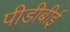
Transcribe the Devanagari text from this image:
पीडीबीई